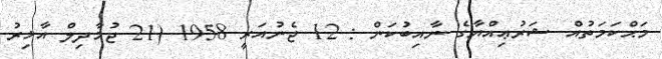
މަޙްކަމަތުއް ޝަރުޢިއްޔާގެ ނާއިބުކަން : 12 ޖެނުއަރީ 1958 (21 ޖުމާދިލް އާޚިރު